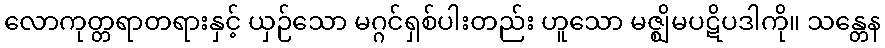
လောကုတ္တရာတရားနှင့် ယှဉ်သော မဂ္ဂင်ရှစ်ပါးတည်း ဟူသော မဇ္ဈိမပဋိပဒါကို။ သန္တေန